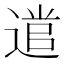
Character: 𮞭